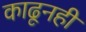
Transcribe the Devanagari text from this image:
काढूनही